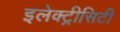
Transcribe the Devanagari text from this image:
इलेक्ट्रीसिटी